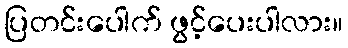
ပြတင်းပေါက် ဖွင့်ပေးပါလား။